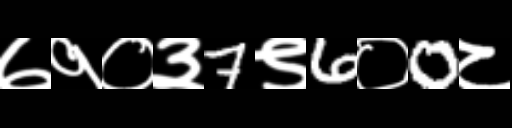
Text: ७१०३7९6०0८